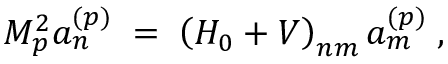
M _ { p } ^ { 2 } a _ { n } ^ { ( p ) } \; = \; \left( H _ { 0 } + V \right) _ { n m } a _ { m } ^ { ( p ) } \; ,